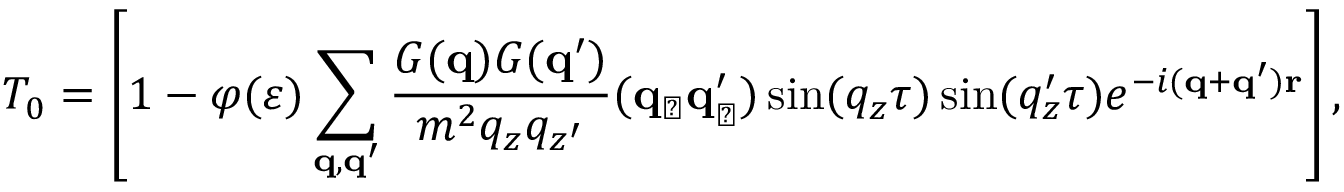
T _ { 0 } = \left[ 1 - \varphi ( \varepsilon ) \sum _ { \bf { q } , \bf { q ^ { \prime } } } \frac { G ( { \bf { q } } ) G ( { \bf { q ^ { \prime } } } ) } { m ^ { 2 } q _ { z } q _ { z ^ { \prime } } } ( { \bf { q } } _ { \perp } { \bf { q } } _ { \perp } ^ { \prime } ) \sin ( q _ { z } \tau ) \sin ( q _ { z } ^ { \prime } \tau ) e ^ { - i ( { \bf { q } } + { \bf { q } ^ { \prime } } ) { \bf { r } } } \right] \mathrm { , }